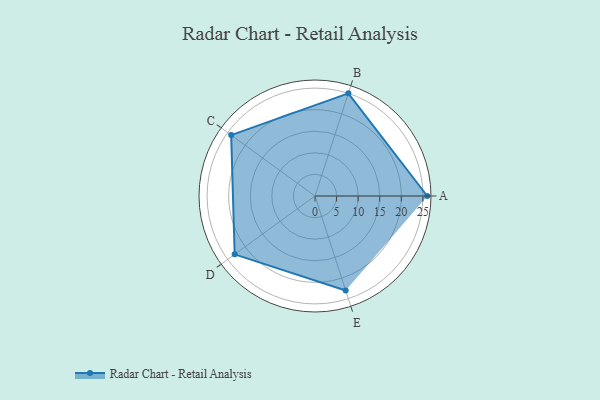
{"axis": {"x": "Skill", "y": "Score"}, "legend": ["Profile"], "data": [{"x": "A", "y": 26.0, "type": "Profile"}, {"x": "B", "y": 25.0, "type": "Profile"}, {"x": "C", "y": 24.0, "type": "Profile"}, {"x": "D", "y": 23.0, "type": "Profile"}, {"x": "E", "y": 23.0, "type": "Profile"}]}